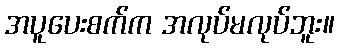
အပူပေးစက်က အလုပ်မလုပ်ဘူး။